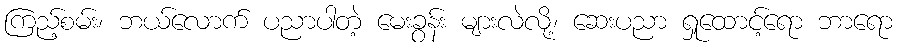
ကြည့်စမ်း၊ ဘယ်လောက် ပညာပါတဲ့ မေးခွန်း များလဲလို့၊ ဆေးပညာ ရှုထောင့်ရော ဘာရော